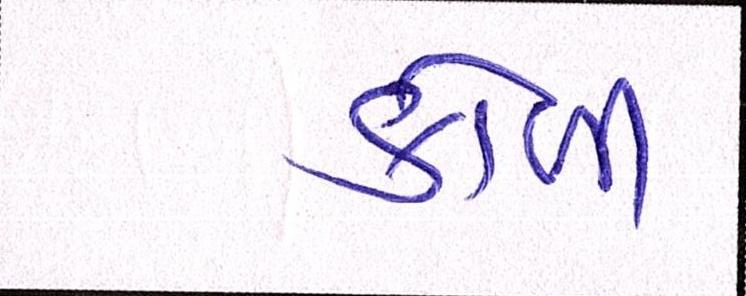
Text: કોળી